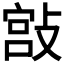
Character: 𢾮